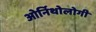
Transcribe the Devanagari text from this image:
ओर्निथोलोगी